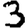
Digit: 3